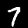
Digit: 7